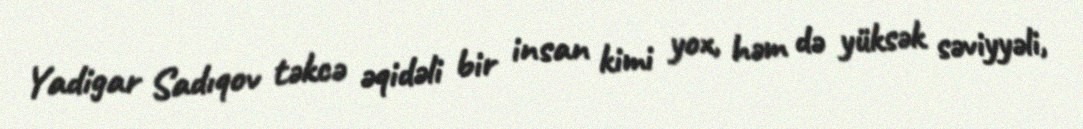
Yadigar Sadıqov təkcə əqidəli bir insan kimi yox, həm də yüksək səviyyəli,